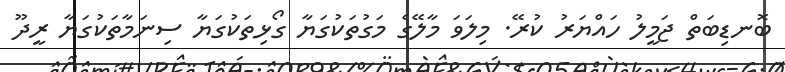
ބޮނޑިބަތް ޖަމީލު ހައްޔަރު ކުރޭ. މިލަވަ މާލޭގެ މަގުތަކުގަޔާ ގޯޅިތަކުގަޔާ ސިނަމާތަކުގަޔާ ރީދޫ